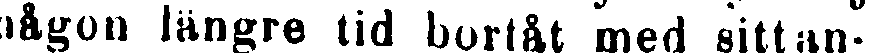
någon längre tid bortåt med sittan-